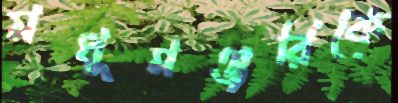
মধুমঞ্জরিকে